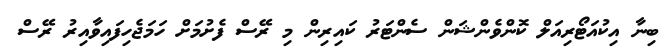
ބިނާ އިކުއަޓޯރިއަލް ކޮންވެންޝަން ސެންޓަރު ކައިރިން މި ރޭސް ފެށުމަށް ހަމަޖެހިފައިވާއިރު ރޭސް